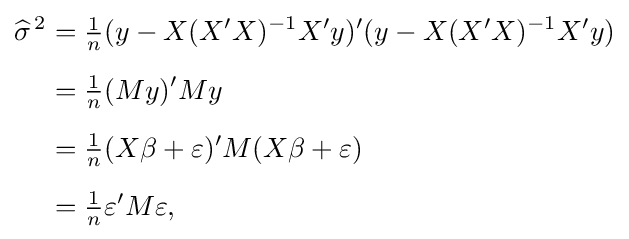
{\begin{aligned}{\widehat {\sigma }}^{\,2}&={\tfrac {1}{n}}(y-X(X'X)^{-1}X'y)'(y-X(X'X)^{-1}X'y)\\[5pt]&={\tfrac {1}{n}}(My)'My\\[5pt]&={\tfrac {1}{n}}(X\beta +\varepsilon )'M(X\beta +\varepsilon )\\[5pt]&={\tfrac {1}{n}}\varepsilon 'M\varepsilon ,\end{aligned}}